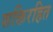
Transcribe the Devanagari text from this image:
शक्तिरहित